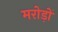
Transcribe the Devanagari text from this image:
मरोड़ों